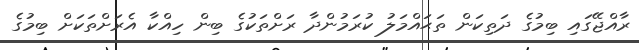
ރާއްޖޭގައި ބިމުގެ ދަތިކަން ތަޙައްމަލު ކުރަމުންދާ ރަށްތަކުގެ ބިން ހިއްކާ އެރަށްތަކަށް ބިމުގެ